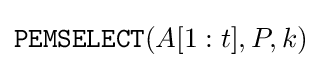
{\texttt {PEMSELECT}}(A[1:t],P,k)